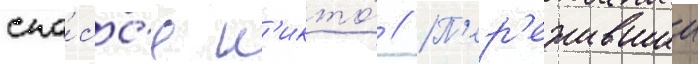
спа́сс'я н'икто́ // П'ер'ежившии